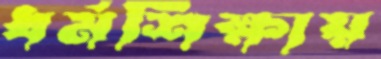
ধর্মশিক্ষায়